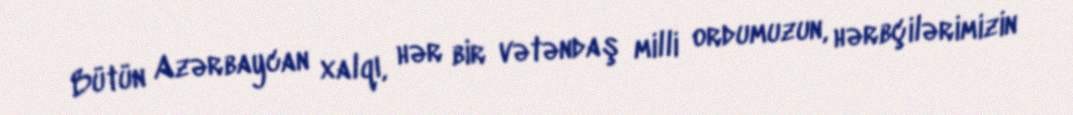
Bütün Azərbaycan xalqı, hər bir vətəndaş milli ordumuzun, hərbçilərimizin